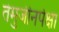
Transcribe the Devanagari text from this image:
तेमुजीनपेक्षा